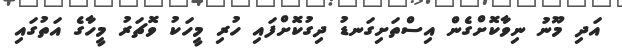
އަދި މޫނު ނިވާކޮށްގެން އިސްތަށިގަނޑު ދިގުކޮށްފައި ހުރި މީހަކު ވޮޗަރު މީހާގެ އަތުގައި